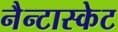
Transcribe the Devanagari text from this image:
नैन्टास्केट